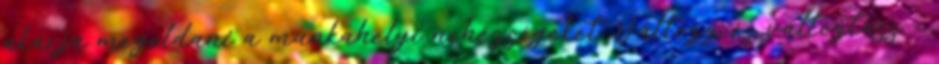
akarja megoldani a munkahelyi nehézségeket. Változz és változtass –